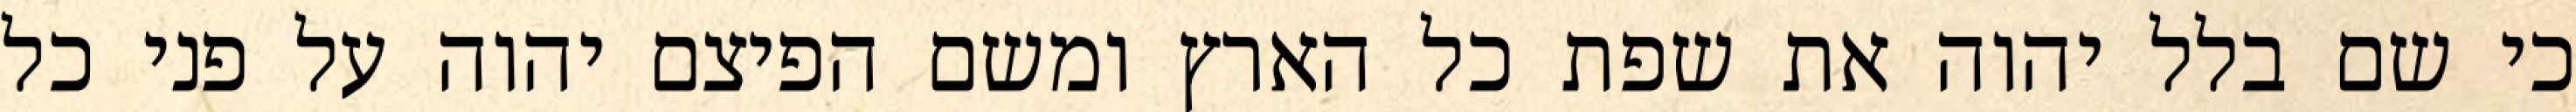
כי שם בלל יהוה את שפת כל הארץ ומשם הפיצם יהוה על פני כל